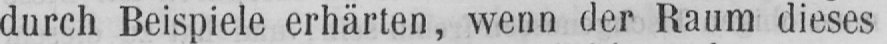
durch Beispiele erhärten, wenn der Raum dieses